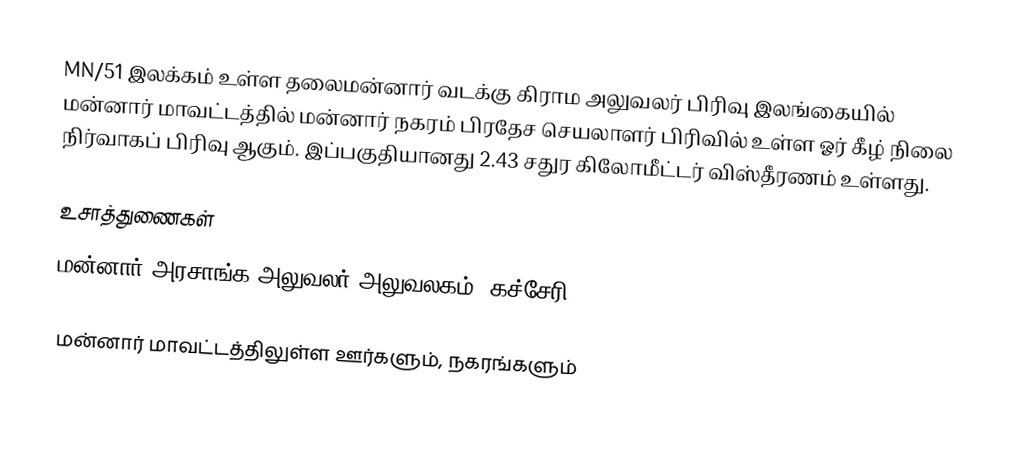
MN/51 இலக்கம் உள்ள தலைமன்னார் வடக்கு கிராம அலுவலர் பிரிவு இலங்கையில் மன்னார் மாவட்டத்தில் மன்னார் நகரம் பிரதேச செயலாளர் பிரிவில்  உள்ள ஓர் கீழ் நிலை நிர்வாகப் பிரிவு ஆகும். இப்பகுதியானது 2.43 சதுர கிலோமீட்டர் விஸ்தீரணம் உள்ளது.

உசாத்துணைகள்
மன்னார் அரசாங்க அலுவலர் அலுவலகம் (கச்சேரி), 2002

மன்னார் மாவட்டத்திலுள்ள ஊர்களும், நகரங்களும்